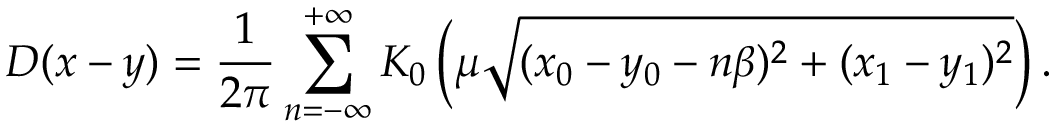
D ( x - y ) = \frac { 1 } { 2 \pi } \sum _ { n = - \infty } ^ { + \infty } K _ { 0 } \left( \mu \sqrt { ( x _ { 0 } - y _ { 0 } - n \beta ) ^ { 2 } + ( x _ { 1 } - y _ { 1 } ) ^ { 2 } } \right) .